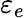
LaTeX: \varepsilon_{e}